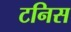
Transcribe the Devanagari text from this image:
टनिस